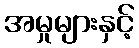
အမှုများနှင့်